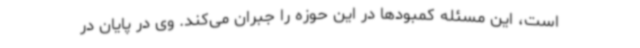
است، این مسئله کمبودها در این حوزه را جبران می‌کند. وی در پایان در